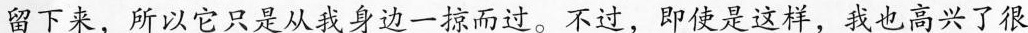
留下来，所以它只是从我身边一掠而过。不过，即使是这样，我也高兴了很